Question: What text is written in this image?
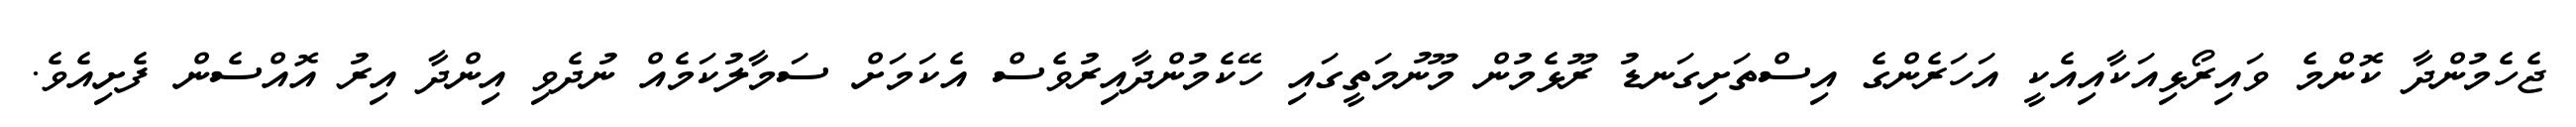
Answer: ޖެހެމުންދާ ކޮންމެ ވައިރޯޅިއަކާއިއެކީ އަހަރެންގެ އިސްތަށިގަނޑު ރޫޅެމުން މޫނުމަތީގައި ހޭކެމުންދާއިރުވެސް އެކަމަށް ސަމާލުކަމެއް ނުދެވި އިންދާ އިރު އޮއްސެން ފެށިއެވެ.